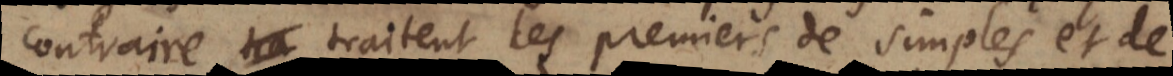
contraire traitent les premiers de simples et de